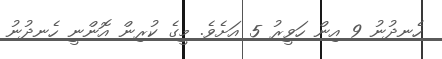
ހެނދުނު 9 އިން ހަވީރު 5 އަށެވެ. މީގެ ކުރިން އޮންނީ ހެނދުނު